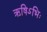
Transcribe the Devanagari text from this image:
ऋषिऽभिः